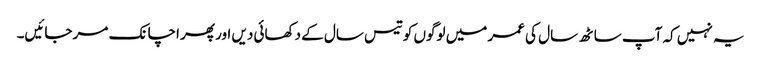
یہ نہیں کہ آپ ساٹھ سال کی عمر میں لوگوں کو تیس سال کے دکھائی دیں اور پھر اچانک مر جائیں۔